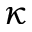
\kappa